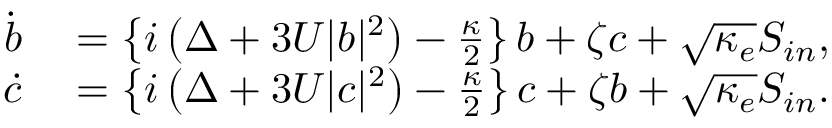
\begin{array} { r l } { \dot { b } } & { { } = \left\{ i \left( \Delta + 3 U | b | ^ { 2 } \right) - \frac { \kappa } { 2 } \right\} b + \zeta c + \sqrt { \kappa _ { e } } S _ { i n } , } \\ { \dot { c } } & { { } = \left\{ i \left( \Delta + 3 U | c | ^ { 2 } \right) - \frac { \kappa } { 2 } \right\} c + \zeta b + \sqrt { \kappa _ { e } } S _ { i n } . } \end{array}